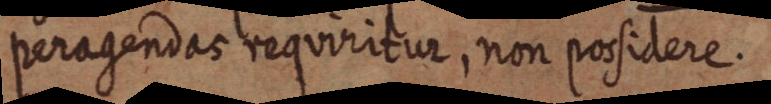
peragendas requiritur, non posidere.